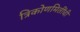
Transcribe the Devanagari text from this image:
त्रिकोणमितींची